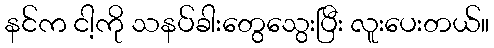
နင်က ငါ့ကို သနပ်ခါးတွေသွေးပြီး လူးပေးတယ်။